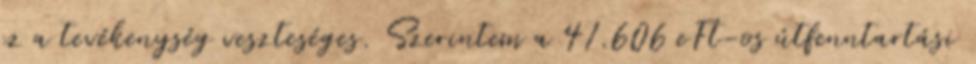
ez a tevékenység veszteséges. Szerintem a 41.606 eFt-os útfenntartási